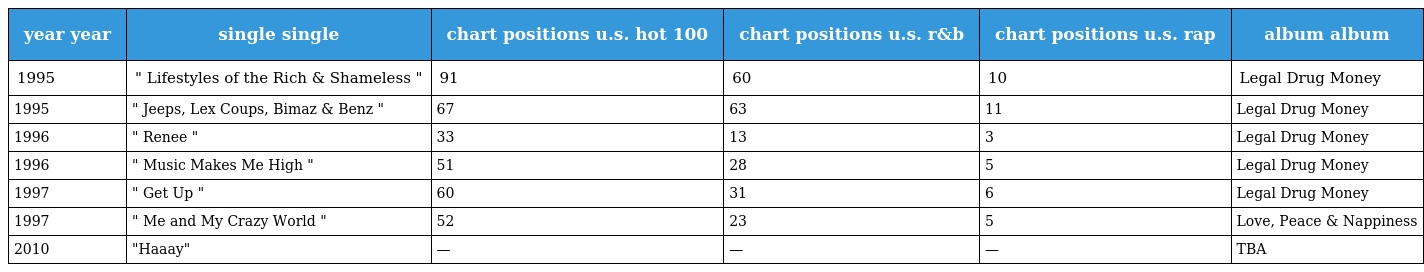
| year year | single single | chart positions u.s. hot 100 | chart positions u.s. r&b | chart positions u.s. rap | album album |
 | --- | --- | --- | --- | --- | --- |
 | 1995 | " Lifestyles of the Rich & Shameless " | 91 | 60 | 10 | Legal Drug Money |
 | 1995 | " Jeeps, Lex Coups, Bimaz & Benz " | 67 | 63 | 11 | Legal Drug Money |
 | 1996 | " Renee " | 33 | 13 | 3 | Legal Drug Money |
 | 1996 | " Music Makes Me High " | 51 | 28 | 5 | Legal Drug Money |
 | 1997 | " Get Up " | 60 | 31 | 6 | Legal Drug Money |
 | 1997 | " Me and My Crazy World " | 52 | 23 | 5 | Love, Peace & Nappiness |
 | 2010 | "Haaay" | — | — | — | TBA |